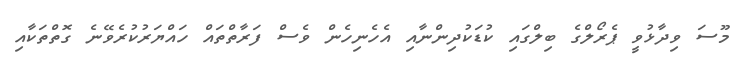
މޫސަ ވިދާޅުވީ ޕެރޯލްގެ ބިލްގައި ކުޑަކުދިންނާއި އެހެނިހެން ވެސް ފަރާތްތައް ހައްޔަރުކުރެވޭނެ ގޮތްތަކާއި